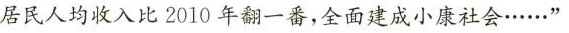
居民人均收入比2010年翻一番，全面建成小康社会……